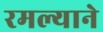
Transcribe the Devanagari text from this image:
रमल्याने